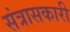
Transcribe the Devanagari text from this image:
संत्रासकारी